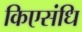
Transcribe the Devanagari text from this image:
किएसंधि